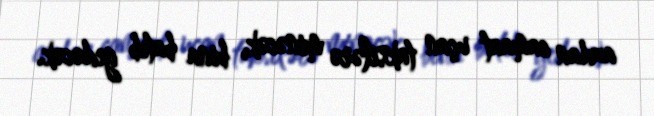
azdan camaat uçan taksilərə minəcək, bina batıb gedəcək.